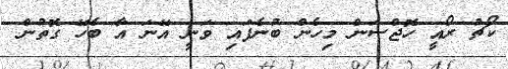
ކޯޗު ރޯއީ ހޮޖްސަން މިހެން ބުނެފައި ވަނީ އޭނަ އާ ބެހޭ ގޮތުން